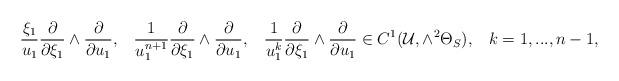
LaTeX: \begin{align*}\frac{\xi_1}{u_1}\frac{\partial}{\partial \xi_1}\wedge\frac{\partial}{\partial u_1},\,\,\,\,\,\frac{1}{u_1^{n+1}}\frac{\partial}{\partial \xi_1}\wedge \frac{\partial}{\partial u_1},\,\,\,\,\,\frac{1}{u_1^k}\frac{\partial}{\partial \xi_1}\wedge \frac{\partial}{\partial u_1}\in C^1(\mathcal{U},\wedge^2\Theta_S),\,\,\,\,\,k=1,...,n-1,\end{align*}